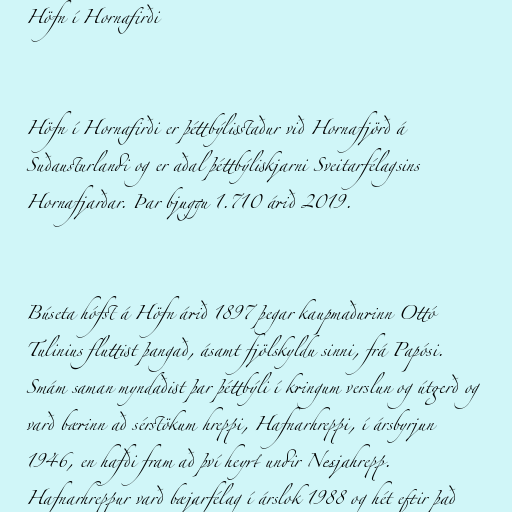
Höfn í Hornafirði

Höfn í Hornafirði er þéttbýlisstaður við Hornafjörð á
Suðausturlandi og er aðal þéttbýliskjarni Sveitarfélagsins
Hornafjarðar. Þar bjuggu 1.710 árið 2019.

Búseta hófst á Höfn árið 1897 þegar kaupmaðurinn Ottó
Tulinius fluttist þangað, ásamt fjölskyldu sinni, frá Papósi.
Smám saman myndaðist þar þéttbýli í kringum verslun og útgerð og
varð bærinn að sérstökum hreppi, Hafnarhreppi, í ársbyrjun
1946, en hafði fram að því heyrt undir Nesjahrepp.
Hafnarhreppur varð bæjarfélag í árslok 1988 og hét eftir það